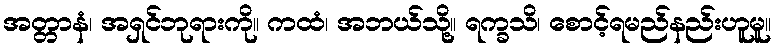
အတ္တာနံ၊ အရှင်ဘုရားကို။ ကထံ၊ အဘယ်သို့။ ရက္ခသိ၊ စောင့်ရမည်နည်းဟူမူ။